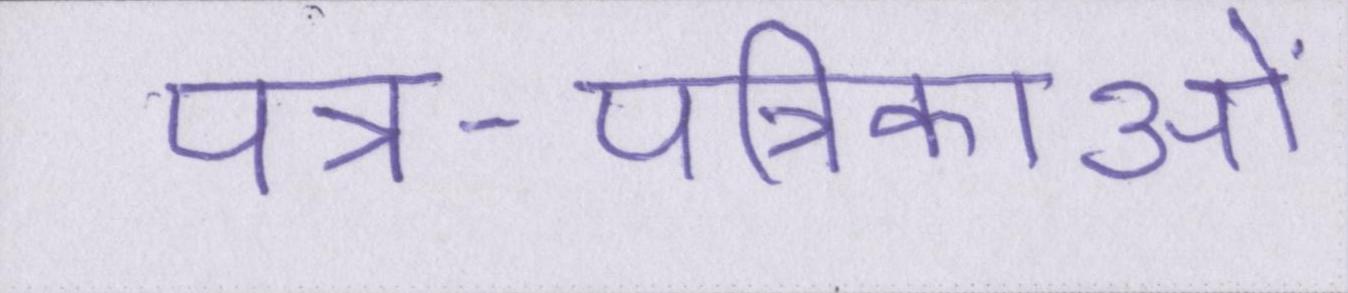
पत्र-पत्रिकाओं